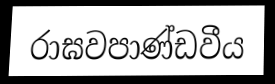
රාඝවපාණ්ඩවීය